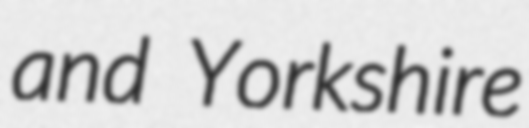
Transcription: and Yorkshire